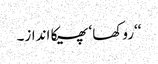
‘‘روکھا ‘ پھیکا انداز۔